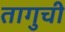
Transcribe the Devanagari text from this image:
तागुची